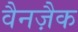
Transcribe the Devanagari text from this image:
वैनज़ैक